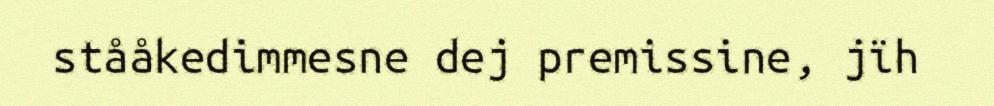
stååkedimmesne dej premissine, jïh